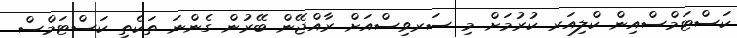
ކަސްޓަމްސްއިން ކްލިއަރ ކުރުމަށް މި ސަރވިސްއަށް ރާއްޖޭން ބޭރުން ގެންނަ ތަކެތި ކަސްޓަމްސް